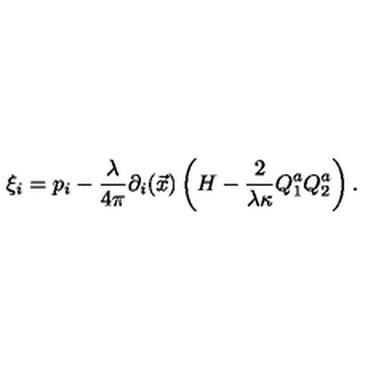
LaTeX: \xi _ { i } = p _ { i } - { \frac { \lambda } { 4 \pi } } \partial _ { i } ( \vec { x } ) \left( H - { \frac { 2 } { \lambda \kappa } } Q _ { 1 } ^ { a } Q _ { 2 } ^ { a } \right) .